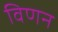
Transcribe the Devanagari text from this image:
विणन